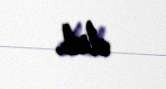
olub.